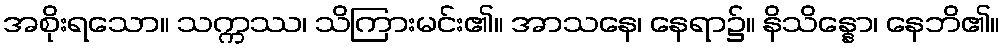
အစိုးရသော။ သက္ကဿ၊ သိကြားမင်း၏။ အာသနေ၊ နေရာ၌။ နိသိန္နော၊ နေဘိ၏။